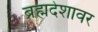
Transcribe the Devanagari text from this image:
ब्रह्मदेशावर